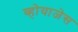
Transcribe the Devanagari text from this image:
व्होयाजेस